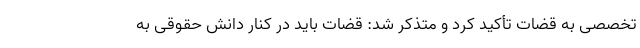
تخصصی به قضات تأکید کرد و متذکر شد: قضات باید در کنار دانش حقوقی به